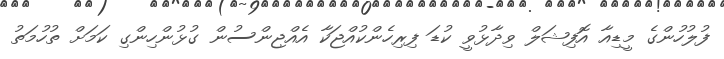
ފުލުހުންގެ މީޑިއާ އޮފިޝަލް ވިދާޅުވީ ކުޑަ ފިރިހެންކުއްޖަކާ އެއްޖިންސުން ގުޅުންހިންގި ކަމަށް ތުހުމަތު